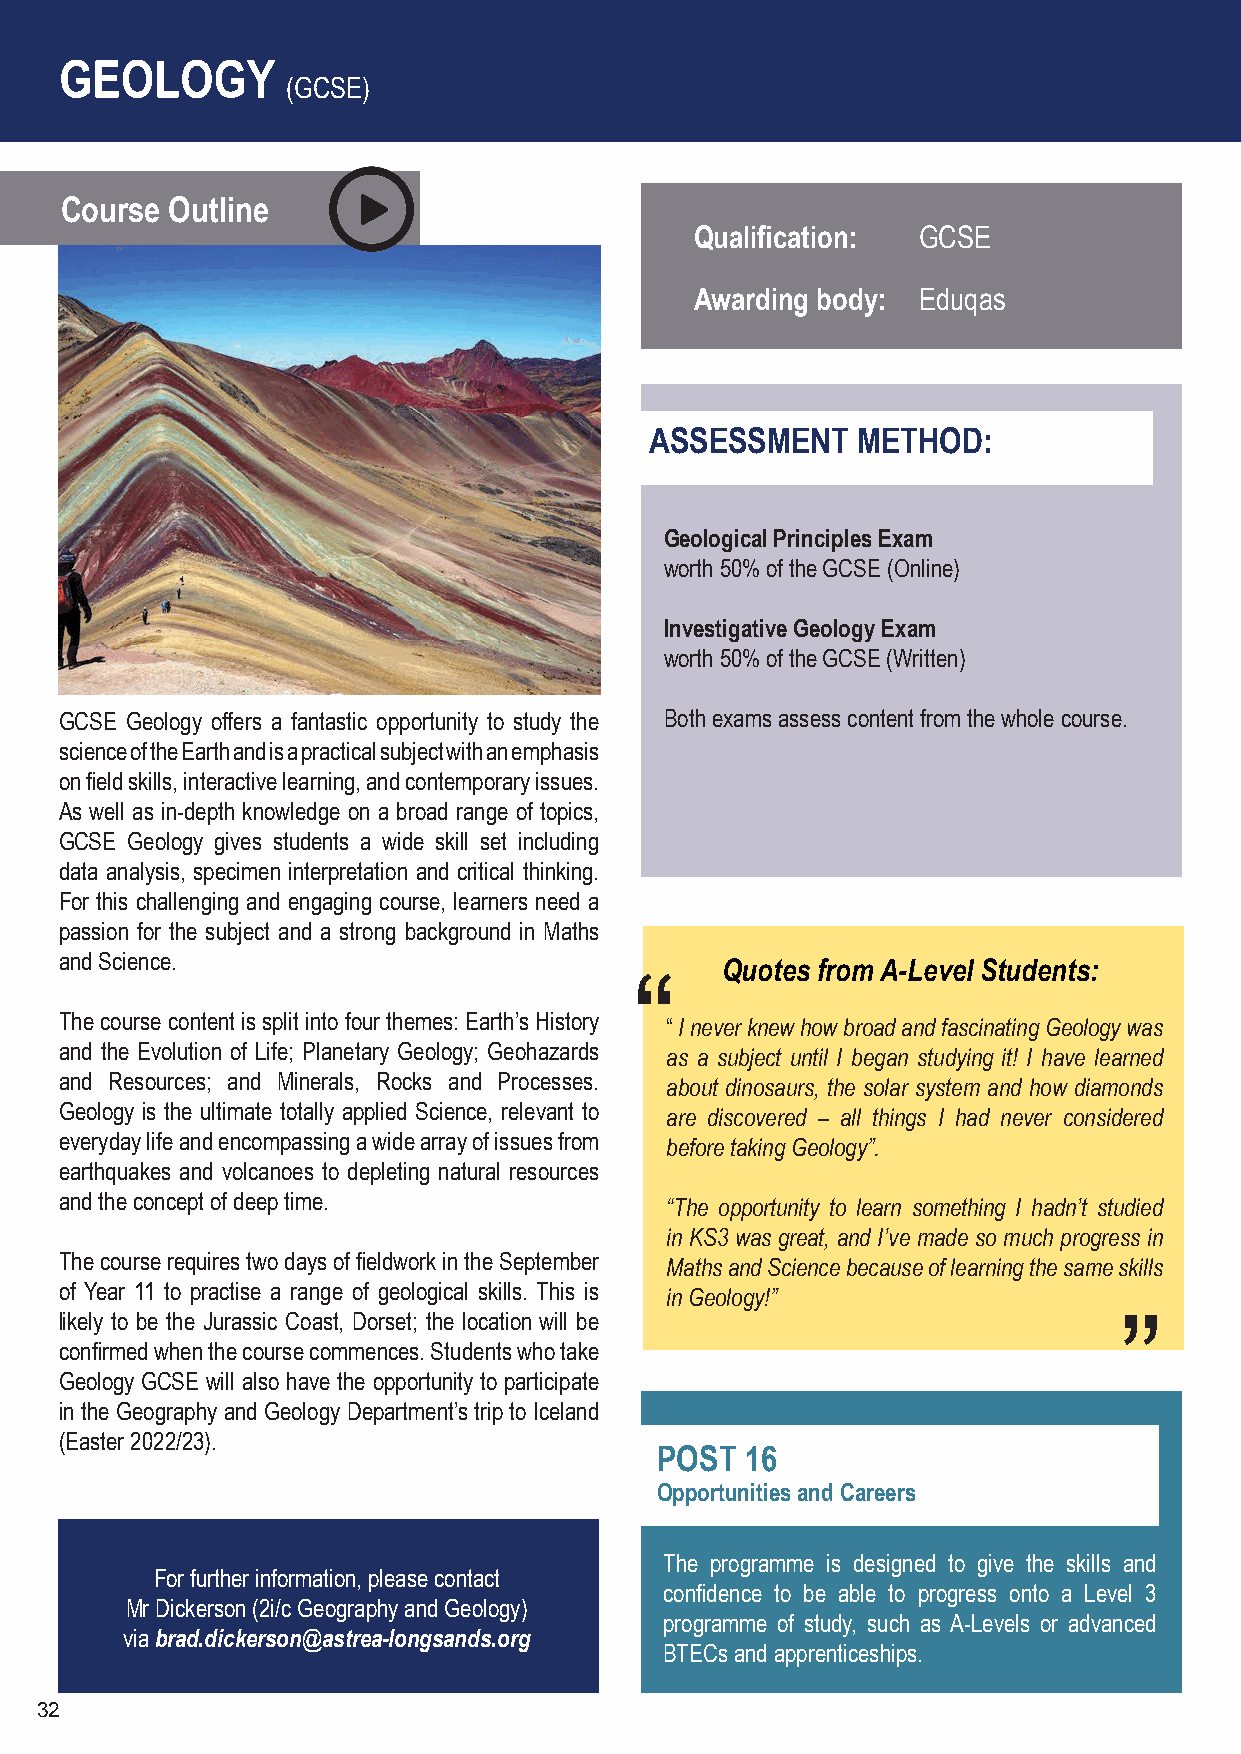
GEOLOGY
 (GCSE)
 Course Outline
 Qualification: GCSE
 Awarding body: Eduqas
 ASSESSMENT    METHOD:
 Geological Principles Exam
 worth 50% of the GCSE (Online)
 Investigative Geology Exam
 worth 50% of the GCSE (Written)
 GCSE Geology offers a fantastic opportunity to study the Both exams assess content from the whole course.
 science of the Earth and is a practical subject with an emphasis
 on field skills, interactive learning, and contemporary issues.
 As well as in-depth knowledge on a broad range of topics,
 GCSE Geology gives students a wide skill set including
 data analysis, specimen interpretation and critical thinking.
 For this challenging and engaging course, learners need a
 passion for the subject and a strong background in Maths
 and Science.
 Quotes from A-Level Students:
 “
 The course content is split into four themes: Earth’s History “ I never knew how broad and fascinating Geology was
 and the Evolution of Life; Planetary Geology; Geohazards as a subject until I began studying it! I have learned
 and Resources; and Minerals, Rocks and Processes. about dinosaurs, the solar system and how diamonds
 Geology is the ultimate totally applied Science, relevant to are discovered – all things I had never considered
 everyday life and encompassing a wide array of issues from before taking Geology”.
 earthquakes and volcanoes to depleting natural resources
 and the concept of deep time.           “The opportunity to learn something I hadn’t studied
 in KS3 was great, and I’ve made so much progress in
 The course requires two days of fieldwork in the September Maths and Science because of learning the same skills
 of Year 11 to practise a range of geological skills. This is in Geology!”
 likely to be the Jurassic Coast, Dorset; the location will be
 ”
 confirmed when the course commences. Students who take
 Geology GCSE will also have the opportunity to participate
 in the Geography and Geology Department’s trip to Iceland
 (Easter 2022/23).
 POST  16
 Opportunities and Careers
 The programme is designed to give the skills and
 For further information, please contact
 confidence to be able to progress onto a Level 3
 Mr Dickerson (2i/c Geography and Geology)
 programme of study, such as A-Levels or advanced
 via brad.dickerson@astrea-longsands.org
 BTECs and apprenticeships.
 32